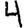
Digit: 4